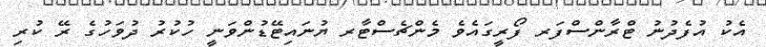
އެކު އުފެދުނު ޓްރާންސްފަރ ފޯރީގައެވެ މެންޗެސްޓާރ ޔުނައިޓޭޑުންވަނީ ހުކުރު ދުވަހުގެ ރޭ ކުރި